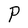
Character: P